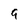
Character: 9